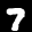
Label: 7